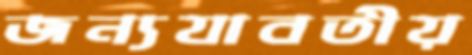
জন্যযাবতীয়